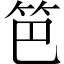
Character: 笆